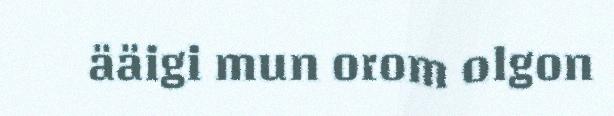
ääigi mun orom olgon